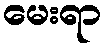
မေးရာ